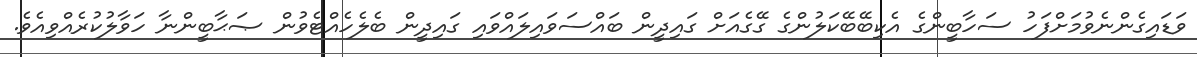
ވަޑައިގެންނެވުމަށްފަހު ސަހާބީންގެ އެކިބޭބޭކަލުންގެ ގޭގެއަށް ގައިދީން ބައްސަވައިލައްވައި ގައިދީން ބެލެހެއްޓެވުން ޞަޙާބީންނާ ހަވާލުކުރެއްވިއެވެ.